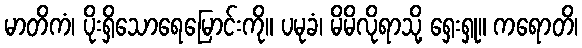
မာတိကံ၊ ပိုးရှိသောရေမြောင်းကို။ ပမုခံ၊ မိမိလိုရာသို့ ရှေးရှု။ ကရောတိ၊